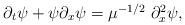
LaTeX: \begin{align*} \begin{array}{ll}\partial_t \psi + \psi \partial_x \psi = \mu^{-1/2} ~ \partial_x^2 \psi,\end{array} \end{align*}